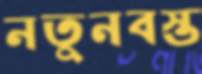
নতুনবস্ত